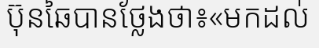
ប៊ុនឆៃបានថ្លែងថា៖«មកដល់